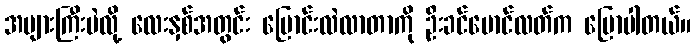
အများကြီးပဲလို့ လေးနှစ်အတွင်း ပြောင်းလဲလာတာကို ဦးခင်မောင်လတ်က ပြောပါတယ်။